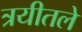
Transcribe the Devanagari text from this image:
त्रयीतले